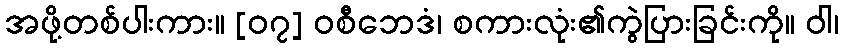
အဖို့တစ်ပါးကား။ [၀၇] ဝစီဘေဒံ၊ စကားလုံး၏ကွဲပြားခြင်းကို။ ဝါ၊